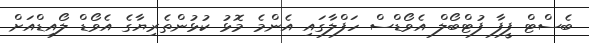
ބެސްޓް ފީފާ ފުޓްބޯލް އެވޯޑްސް ހަފްލާގައި އެންމެ މޮޅު ކުޅުންތެރިޔާގެ އެވޯޑް ލޯއިޑްއަށް